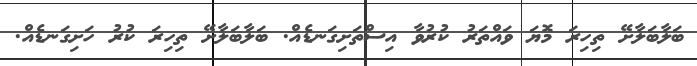
ބަލާބަލާށޭ ތިހިރަ މޮޔަ ވައްތަރު ކުރުވާ އިސްތަށިގަނޑެއް. ބަލާބަލާށޭ ތިހިރަ ކުރު ހަށިގަނޑެއް.